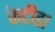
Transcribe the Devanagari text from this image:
फेटीडा